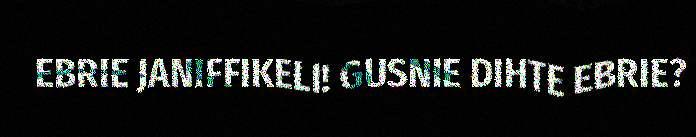
EBRIE JANIFFIKELI! GUSNIE DIHTE EBRIE?